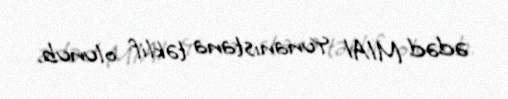
ədəd M1A1 Yunanıstana təklif olunub.